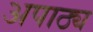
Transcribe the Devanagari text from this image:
अपाठ्य